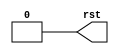
`timescale 1ns/1ns

module rst_gen(rst);

    parameter RESET_TIME = 100;
    output reg rst;

    initial begin
        rst             <= 1;
        #RESET_TIME rst <= 0;
    end

endmodule